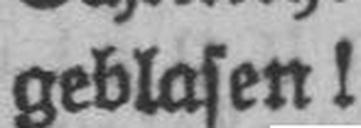
geblasen!